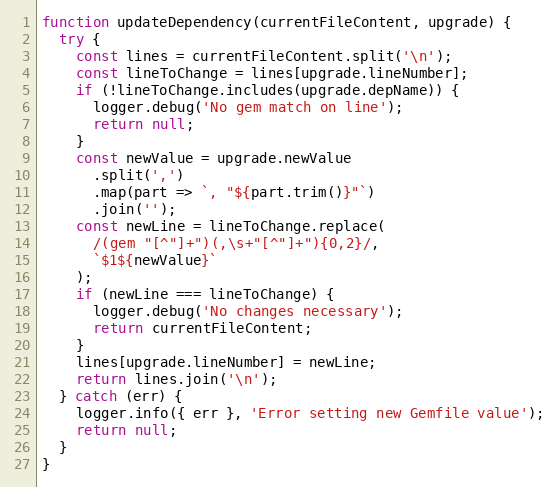
Language: JavaScript
function updateDependency(currentFileContent, upgrade) {
  try {
    const lines = currentFileContent.split('\n');
    const lineToChange = lines[upgrade.lineNumber];
    if (!lineToChange.includes(upgrade.depName)) {
      logger.debug('No gem match on line');
      return null;
    }
    const newValue = upgrade.newValue
      .split(',')
      .map(part => `, "${part.trim()}"`)
      .join('');
    const newLine = lineToChange.replace(
      /(gem "[^"]+")(,\s+"[^"]+"){0,2}/,
      `$1${newValue}`
    );
    if (newLine === lineToChange) {
      logger.debug('No changes necessary');
      return currentFileContent;
    }
    lines[upgrade.lineNumber] = newLine;
    return lines.join('\n');
  } catch (err) {
    logger.info({ err }, 'Error setting new Gemfile value');
    return null;
  }
}